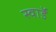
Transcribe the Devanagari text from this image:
स्वाॅर्ड